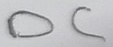
Text: DC